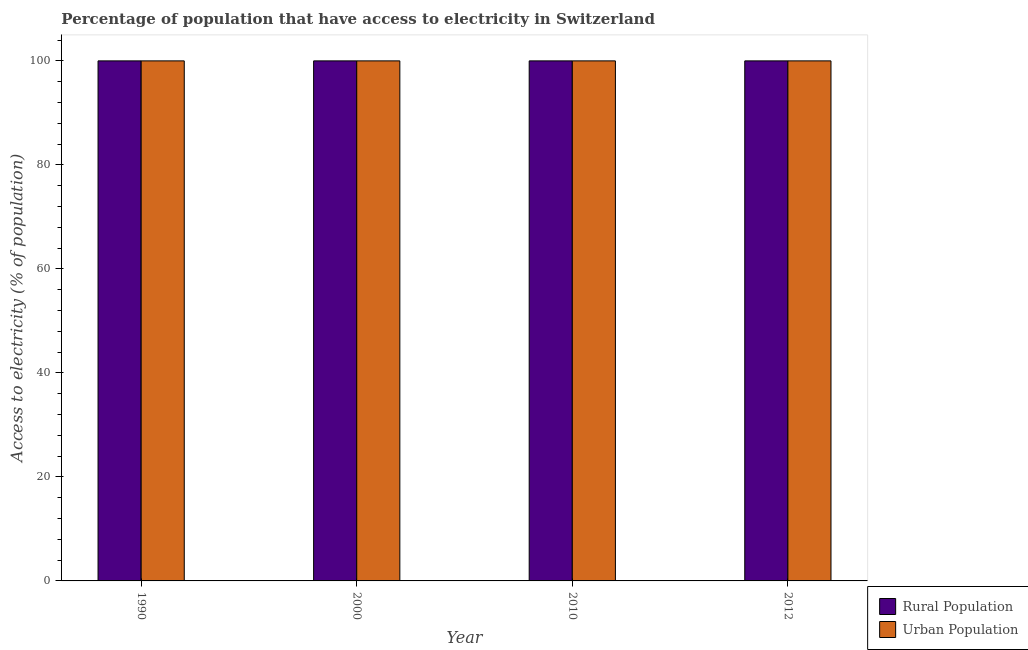
| Year | Rural Population | Urban Population |
 | --- | --- | --- |
 | 1990 | 100 | 100 |
 | 2000 | 100 | 100 |
 | 2010 | 100 | 100 |
 | 2012 | 100 | 100 |